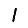
Digit: 1